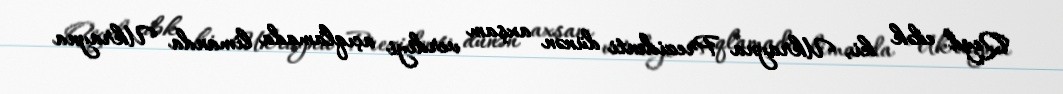
Qeyd edək ki, Ukrayna Prezidenti dünən axşam verdiyi açıqlamada limanda Ukrayna